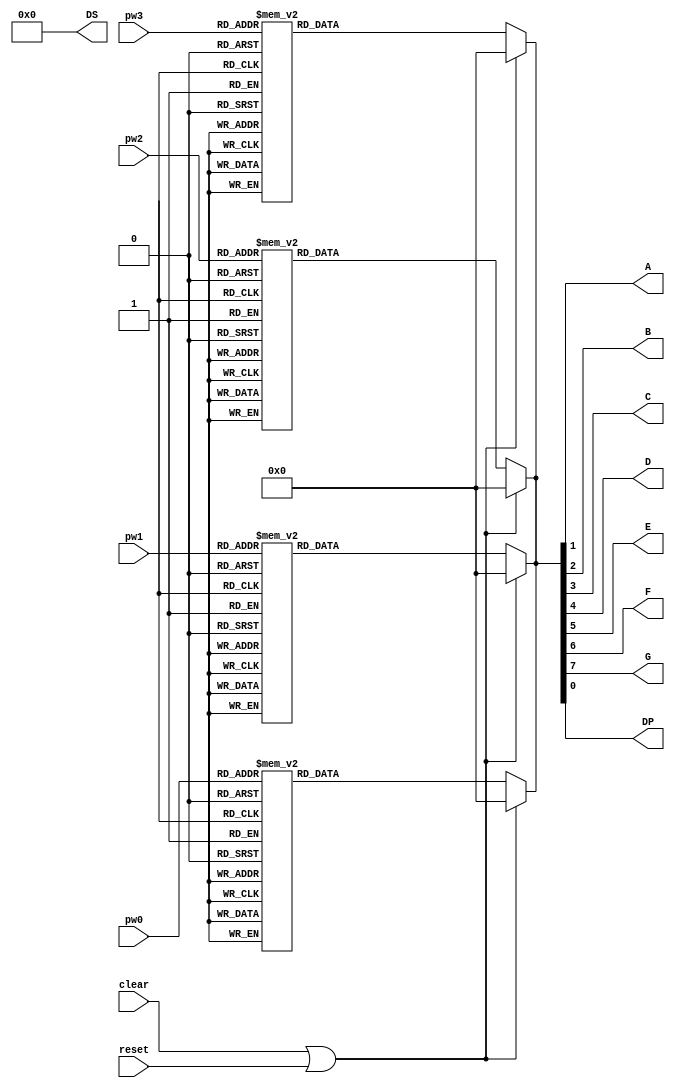
module seven(clear,pw0,pw1,pw2,pw3,reset,A,B,C,D,E,F,G,DS,DP);
input [3:0]pw0;
input [3:0]pw1;
input [3:0]pw2;
input [3:0]pw3;
input clear,reset;
output [3:0]DS;
output A,B,C,D,E,F,G,DP;
reg[7:0]seg;
assign DS=0000;
always @(pw0 or  clear or  reset)
begin
	if(clear==1||reset==1) 
		begin	seg=8'b00000000;end
	else begin
   case(pw0)
          4'b0000:seg=8'b01111110;
          4'b0001:seg=8'b00001100;
          4'b0010:seg=8'b10110110;
          4'b0011:seg=8'b10011110;
          4'b0100:seg=8'b11001100;
          4'b0101:seg=8'b11011010;
          4'b0110:seg=8'b11111010;
          4'b0111:seg=8'b00001110;
          4'b1000:seg=8'b11111110;
          4'b1001:seg=8'b11011110;
          4'b1010:seg=8'b11101110;
          4'b1011:seg=8'b11111000;
          4'b1100:seg=8'b01110010;
          4'b1101:seg=8'b10111100;
          4'b1110:seg=8'b11110010;
          4'b1111:seg=8'b11100010;
          default:seg=8'b00000000;
   endcase
   end
end
always @(pw1 or  clear or  reset)
begin
	if(clear==1||reset==1) 
		begin	seg=8'b00000000;end
	else begin
   case(pw1)
          4'b0000:seg=8'b01111110;
          4'b0001:seg=8'b00001100;
          4'b0010:seg=8'b10110110;
          4'b0011:seg=8'b10011110;
          4'b0100:seg=8'b11001100;
          4'b0101:seg=8'b11011010;
          4'b0110:seg=8'b11111010;
          4'b0111:seg=8'b00001110;
          4'b1000:seg=8'b11111110;
          4'b1001:seg=8'b11011110;
          4'b1010:seg=8'b11101110;
          4'b1011:seg=8'b11111000;
          4'b1100:seg=8'b01110010;
          4'b1101:seg=8'b10111100;
          4'b1110:seg=8'b11110010;
          4'b1111:seg=8'b11100010;
          default:seg=8'b00000000;
   endcase
   end
end
always @(pw2 or clear or reset)
begin
	if(clear==1||reset==1) 
		begin	seg=8'b00000000;end
	else begin
   case(pw2)
          4'b0000:seg=8'b01111110;
          4'b0001:seg=8'b00001100;
          4'b0010:seg=8'b10110110;
          4'b0011:seg=8'b10011110;
          4'b0100:seg=8'b11001100;
          4'b0101:seg=8'b11011010;
          4'b0110:seg=8'b11111010;
          4'b0111:seg=8'b00001110;
          4'b1000:seg=8'b11111110;
          4'b1001:seg=8'b11011110;
          4'b1010:seg=8'b11101110;
          4'b1011:seg=8'b11111000;
          4'b1100:seg=8'b01110010;
          4'b1101:seg=8'b10111100;
          4'b1110:seg=8'b11110010;
          4'b1111:seg=8'b11100010;
          default:seg=8'b00000000;
   endcase
   end
end
always @(pw3 or clear or  reset)
begin
	if(clear==1||reset==1) 
		begin	seg=8'b00000000;end
	else begin
   case(pw3)
          4'b0000:seg=8'b01111110;
          4'b0001:seg=8'b00001100;
          4'b0010:seg=8'b10110110;
          4'b0011:seg=8'b10011110;
          4'b0100:seg=8'b11001100;
          4'b0101:seg=8'b11011010;
          4'b0110:seg=8'b11111010;
          4'b0111:seg=8'b00001110;
          4'b1000:seg=8'b11111110;
          4'b1001:seg=8'b11011110;
          4'b1010:seg=8'b11101110;
          4'b1011:seg=8'b11111000;
          4'b1100:seg=8'b01110010;
          4'b1101:seg=8'b10111100;
          4'b1110:seg=8'b11110010;
          4'b1111:seg=8'b11100010;
          default:seg=8'b00000000;
   endcase
   end
end
 assign A=seg[1];
 assign B=seg[2];
 assign C=seg[3];
 assign D=seg[4];
 assign E=seg[5];
 assign F=seg[6];
 assign G=seg[7];
 assign DP=seg[0];
endmodule